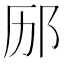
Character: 𮷨